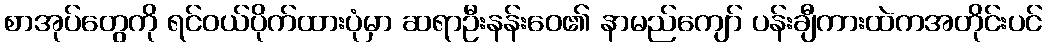
စာအုပ်တွေကို ရင်ဝယ်ပိုက်ထားပုံမှာ ဆရာဦးနန်းဝေ၏ နာမည်ကျော် ပန်းချီကားထဲကအတိုင်းပင်